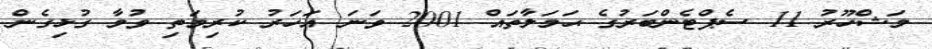
މަޝްހޫރު 11 ސެޕްޓެންބަރުގެ ޙަމަލާތައް 2001 ވަނަ އަހަރު ކުރިމަތި ވުމާ ގުޅިގެން